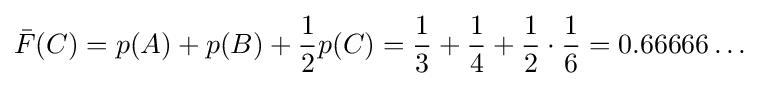
{\bar {F}}(C)=p(A)+p(B)+{\frac {1}{2}}p(C)={\frac {1}{3}}+{\frac {1}{4}}+{\frac {1}{2}}\cdot {\frac {1}{6}}=0.66666\ldots